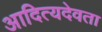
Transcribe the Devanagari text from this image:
आदित्यदेवता